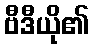
ဗီဒီယို၏